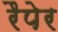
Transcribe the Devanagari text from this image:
रैपेर